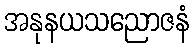
အနုနယသညောဇနံ